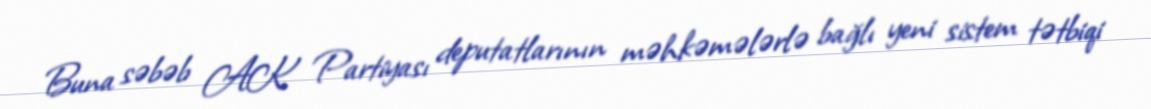
Buna səbəb AK Partiyası deputatlarının məhkəmələrlə bağlı yeni sistem tətbiqi